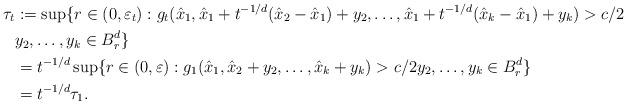
LaTeX: \begin{align*}\tau_t & :=\sup\{r\in(0,\varepsilon_t): g_t(\hat{x}_1,\hat{x}_1+t^{-1/d}(\hat{x}_2-\hat{x}_1)+y_2,\hdots,\hat{x}_1+t^{-1/d} (\hat{x}_k-\hat{x}_1)+y_k)>c/2\\ & y_2,\hdots,y_k\in B^d_r\}\\& =t^{-1/d}\sup\{r\in(0,\varepsilon): g_1(\hat{x}_1,\hat{x}_2+y_2,\hdots,\hat{x}_k+y_k)>c/2 y_2,\hdots,y_k\in B^d_r\}\\& =t^{-1/d} \tau_1.\end{align*}